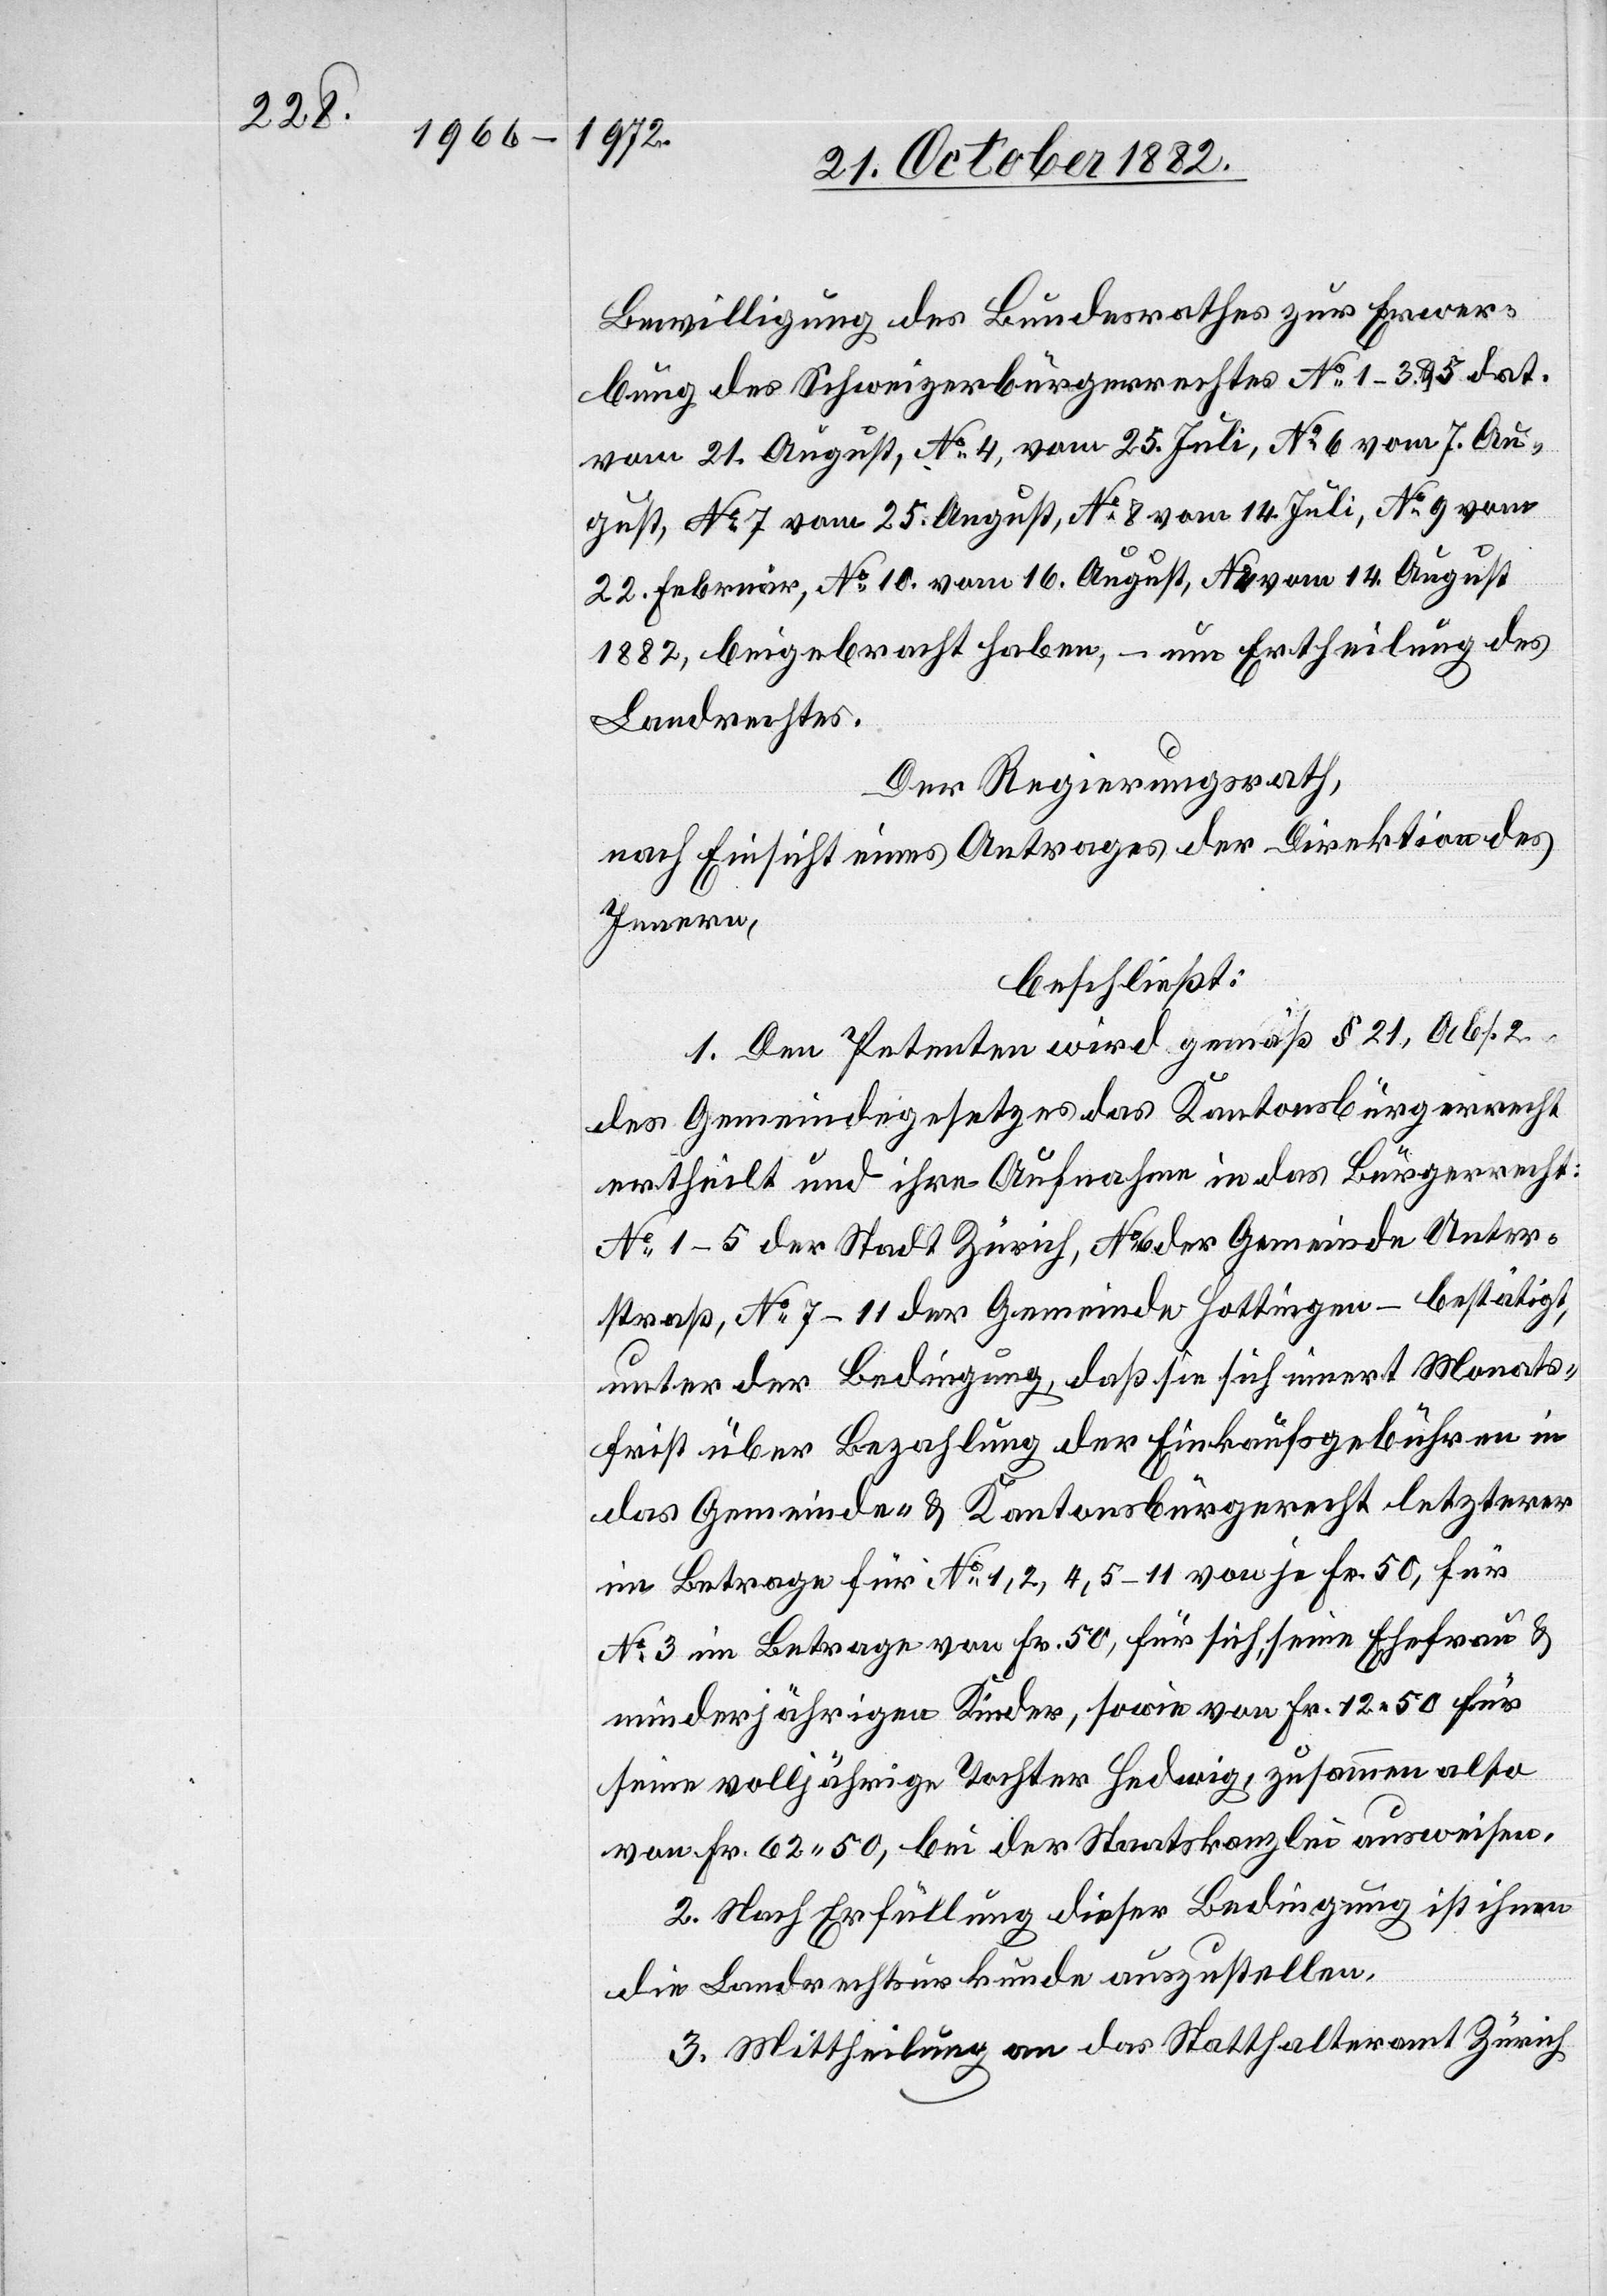
Bewilligung des Bundesrathes zur Erwer¬
bung des Schweizerbürgerrechtes No 1–3 & 5 dat.
vom 21. August, No 4, vom 25. Juli, No 6 vom 7. Au¬
gust, No 7 vom 25. August, No 8 vom 14. Juli, No 9 vom
22. Februar, No 10. vom 16. August, No 11 vom 14. August
1882, beigebracht haben, – um Ertheilung des
Landrechtes.
Der Regierungsrath,
nach Einsicht eines Antrages der Direktion des
Innern,
beschließt:
1. Den Petenten wird gemäß § 21, Abs.
des Gemeindegesetzes das Kantonsbürgerrecht
ertheilt und ihre Aufnahme in das Bürgerrecht:
No 1–5 der Stadt Zürich, No 6 der Gemeinde Unter¬
straß, No 7–11 der Gemeinde Hottingen – bestätigt,
unter der Bedingung, daß sie sich innert Monats¬
frist über Bezahlung der Einkaufsgebühren in
das Gemeinde- & Kantonsbürgerrecht letzterer
im Betrage für No 1, 2, 4, 5–11 von je Fr. 50, für
No 3 im Betrage von Fr. 50, für sich, seine Ehefrau &
minderjährigen Kinder, sowie von Fr. 12 50 für
seine volljährige Tochter Hedwig, zusammen also
von Fr. 62 50, bei der Staatskanzlei ausweisen.
2. Nach Erfüllung dieser Bedingung ist ihnen
die Landrechtsurkunde auszustellen.
3. Mittheilung an das Statthalteramt Zürich